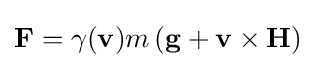
\mathbf {F} =\gamma (\mathbf {v} )m\left(\mathbf {g} +\mathbf {v} \times \mathbf {H} \right)